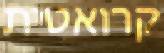
קרואטית